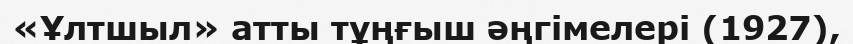
«Ұлтшыл» атты тұңғыш әңгімелері (1927),